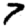
Digit: 7